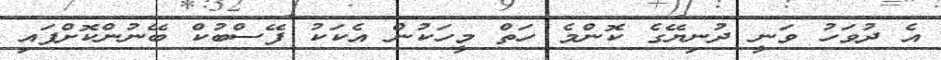
އެ ދުވަހު ވަނީ ދުނިޔޭގެ ކޮންމެ ހަތް މީހަކުން އެކަކު ފޭސްބުކް ބޭނުންކޮށްފައި